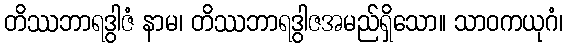
တိဿဘာရဒွါဇံ နာမ၊ တိဿဘာရဒွါဇအမည်ရှိသော။ သာဝကယုဂံ၊